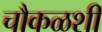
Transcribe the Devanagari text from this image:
चौकळशी